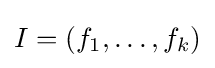
I=(f_{1},\ldots ,f_{k})